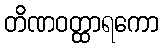
တိဏဝတ္ထာရကော